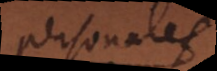
personales